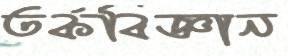
তর্কবিজ্ঞান